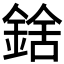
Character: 𨨝